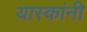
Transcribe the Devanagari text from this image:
यास्कांनी